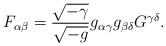
LaTeX: \begin{align*} F_{\alpha \beta} = \frac{\sqrt{-\gamma}}{\sqrt{-g}} g_{\alpha \gamma} g_{\beta \delta} G^{\gamma \delta}.\end{align*}